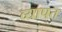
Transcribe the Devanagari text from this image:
व्‍यापत